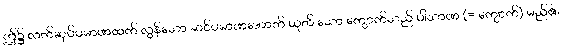
ဤ၌ လက်ဆုပ်ပမာဏထက် လွန်သော ဆင်ပမာဏအောက် ယုတ် သော ကျောက်သည် ပါသာဏ (= ကျောက်) မည်၏၊